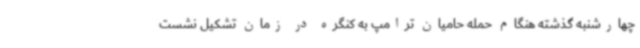
چهارشنبه گذشته هنگام حمله حامیان ترامپ به کنگره در زمان تشکیل نشست